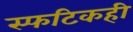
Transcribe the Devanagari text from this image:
स्फटिकही